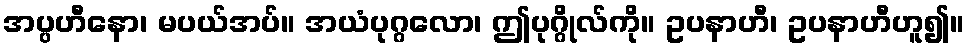
အပ္ပဟီနော၊ မပယ်အပ်။ အယံပုဂ္ဂလော၊ ဤပုဂ္ဂိုလ်ကို။ ဥပနာဟီ၊ ဥပနာဟီဟူ၍။